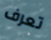
تعرف